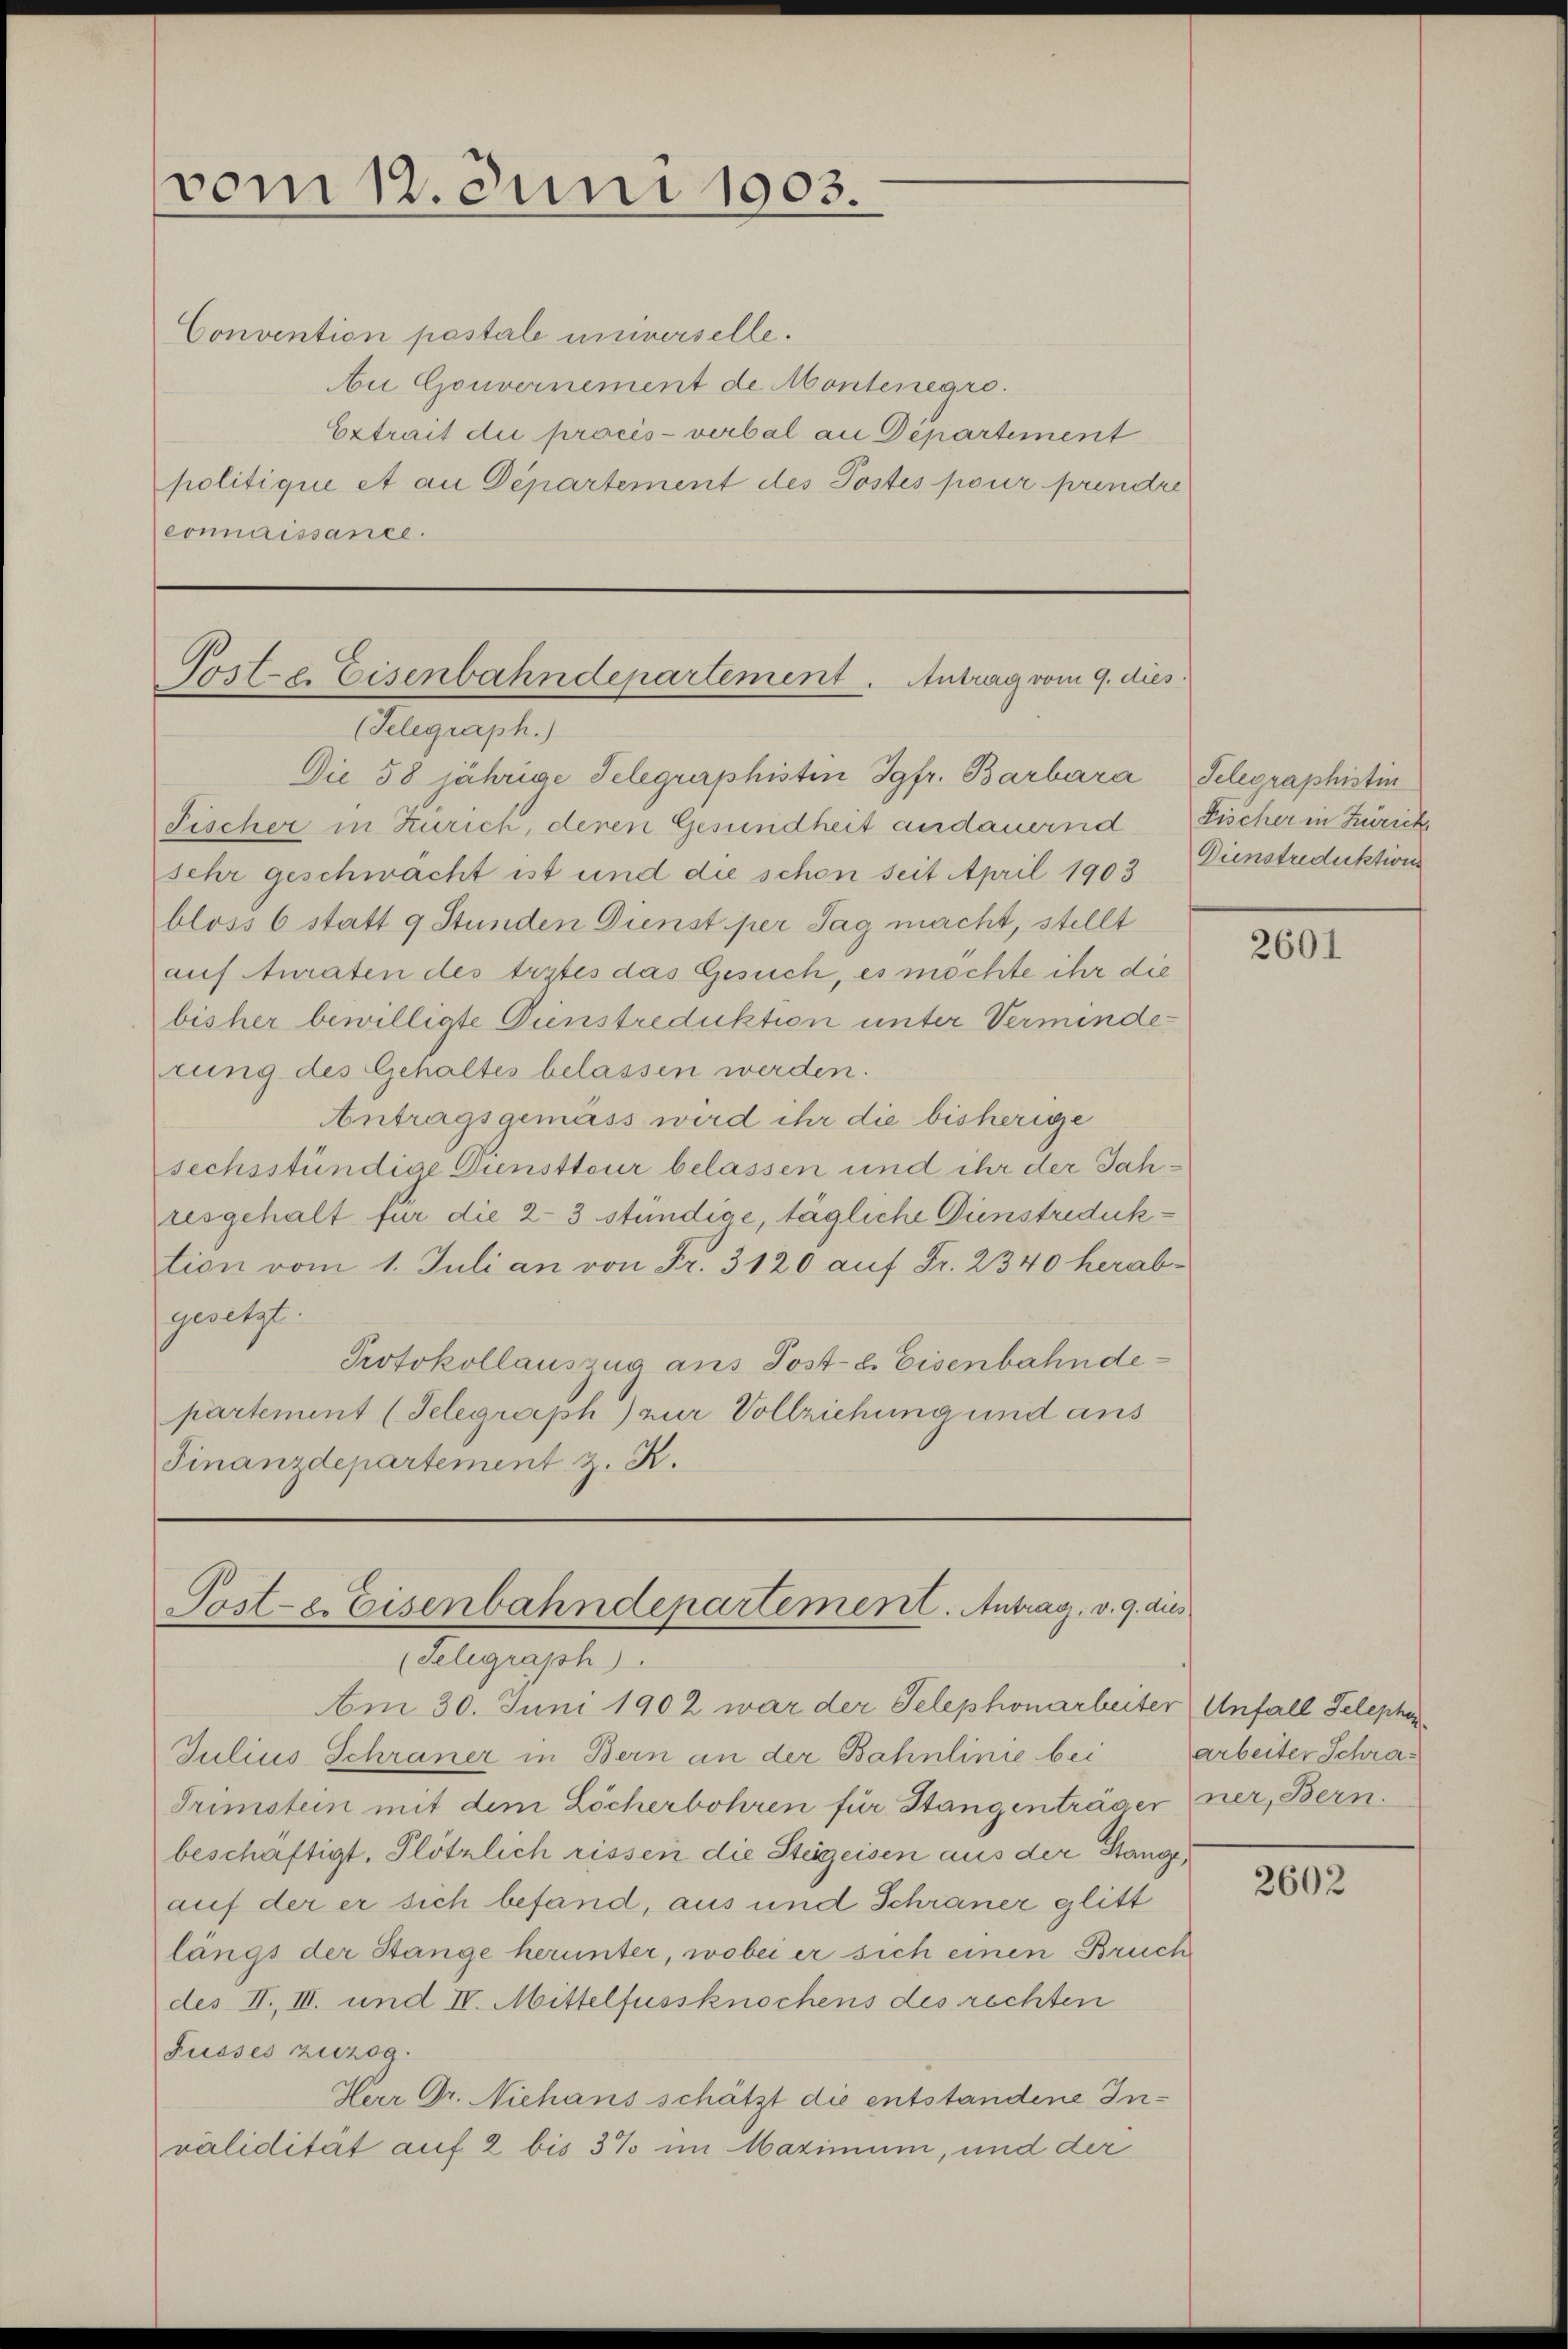
vom 12. Juni 1903.

Convention pastale universelle.
be Gouvernement de Montenegro.
Extrait die procès-verbal an Departement
politique et an Departement des Postes pour prendre
connaissance.

Poste. Eisenbahndepartement. Antrag vom 9. dies
(Telegraph.)

Die 58 jährige Telegraphisten Jgfr. Barbara Telegraphistin
Fischer in Zürich, deren Gesundheit andauernd
sehr geschwacht ist und die schon seit April 1903 Dienstredaktion
bloss 6 statt 9 Stunden Dienst per Tag macht, stellt
auf Anraten des Erztes das Gesuch, es möchte ihr die
bisher bewilligte Dienstreduktion unter Verminderung des Gehaltes belassen werden.
Antragsgemäss wird ihr die bisherige
sechsstündige Dunstteur belassen und ihr der Jahresgehalt für die 23 stündige, tägliche Dinstreduktion vom 1. Juli an von Fr. 3120 auf Fr. 2340 herabgesetzt.
Protokollauszug aus Post- & Eisenbahndepartement (Telegraph) zur Vollziehung und aus
Finanzdepartement z. R.

Poste. Eisenbahndepartement. Antrag, v. 9. dies
(Selegraph).
Am 30. Juni 1902 war der Telephonarbeiter Unfall Telephon

Julius Schraner in Bern an der Bahnlinie bei
Trimstein mit dem Löcherbohren für Stangenträgerner, Bern.
beschäftigt. Plötzlich rissen die Steigeisen aus der Stangeauf der er sich befand, aus und Schräner glitt
längs der Stange herunter, wobei er sich einen Bruch
des II. III. und IV. Mittelfussknochens des rechten
Fusses zuzog.
Herr Dr. Niehans schätzt die entstandene Invalidität auf 2 bis 3% im Maximum, und der

Fischer in Zürich

2601

arbeiter Schra¬

2602